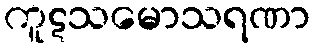
ကူဋသမောသရဏာ